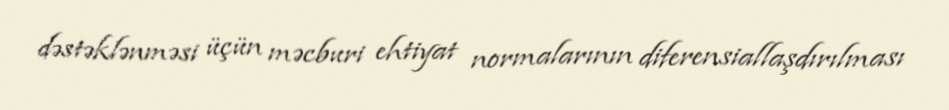
dəstəklənməsi üçün məcburi ehtiyat normalarının diferensiallaşdırılması